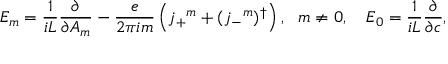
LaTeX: E _ { m } = \frac { 1 } { i L } \frac { \partial } { \partial A _ { m } } - \frac { e } { 2 \pi i m } \left( j _ { + } { } ^ { m } + ( j _ { - } { } ^ { m } ) ^ { \dagger } \right) , \ \ m \neq 0 , \quad E _ { 0 } = \frac { 1 } { i L } \frac { \partial } { \partial c } ,